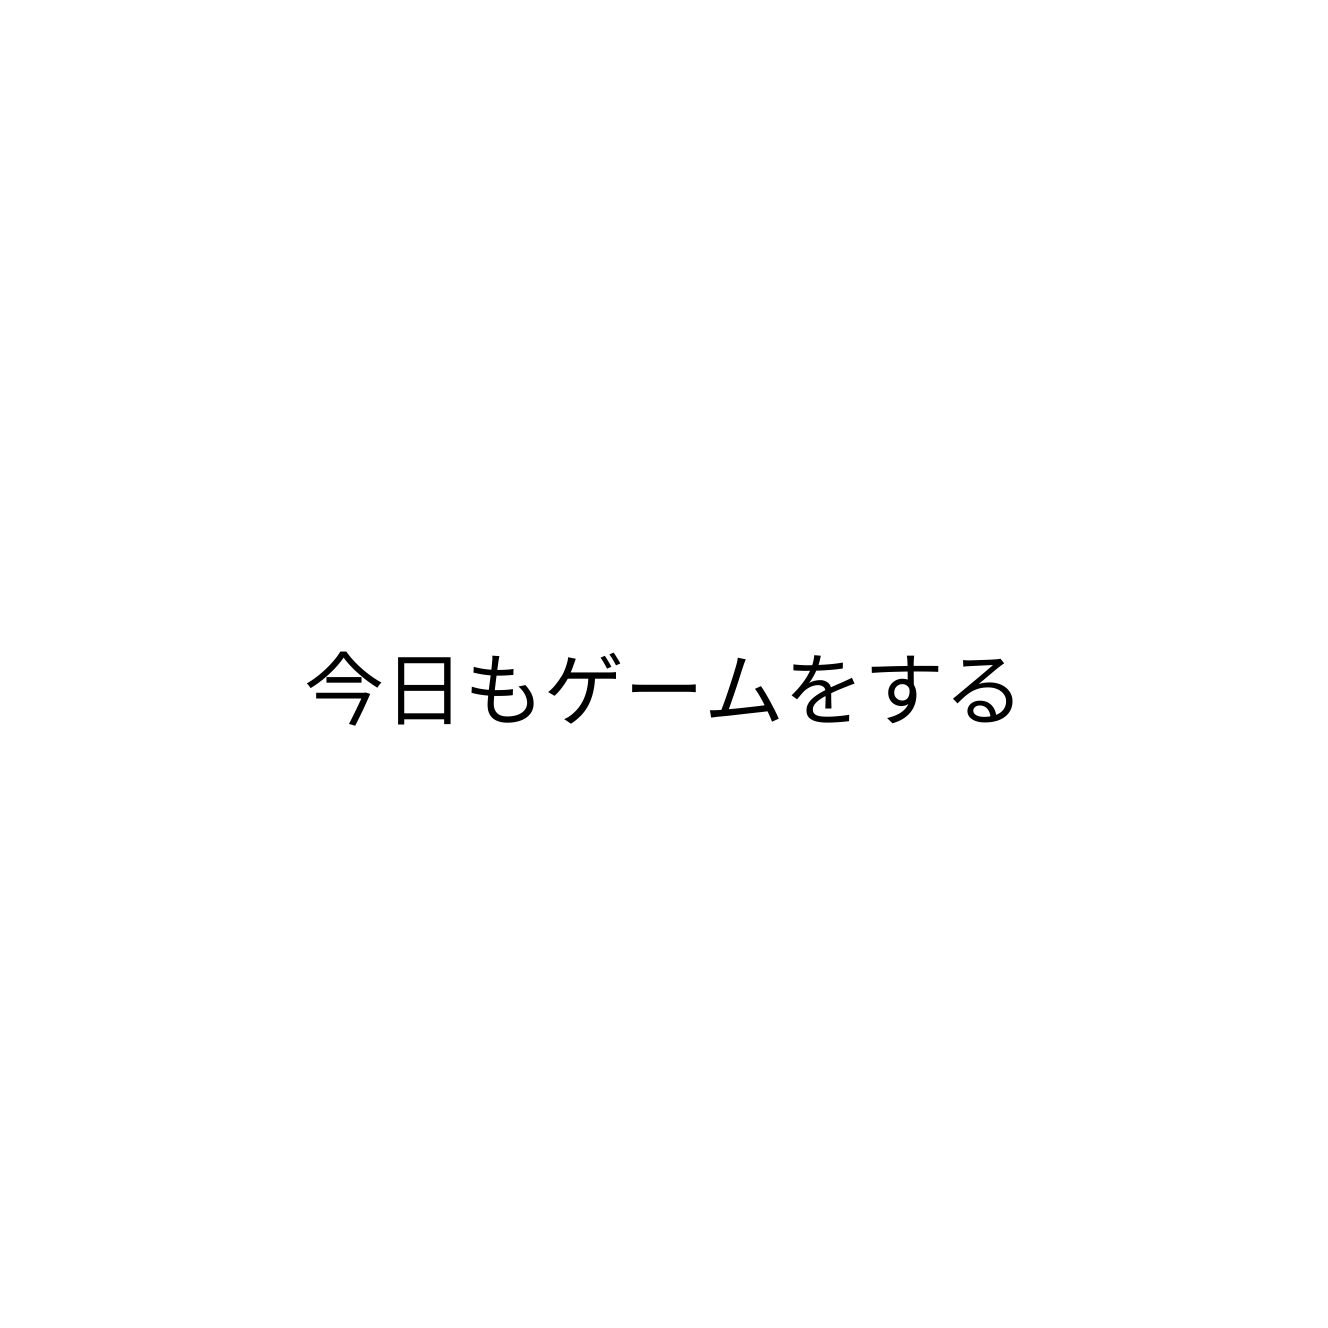
今日もゲームをする